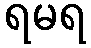
ရမရ